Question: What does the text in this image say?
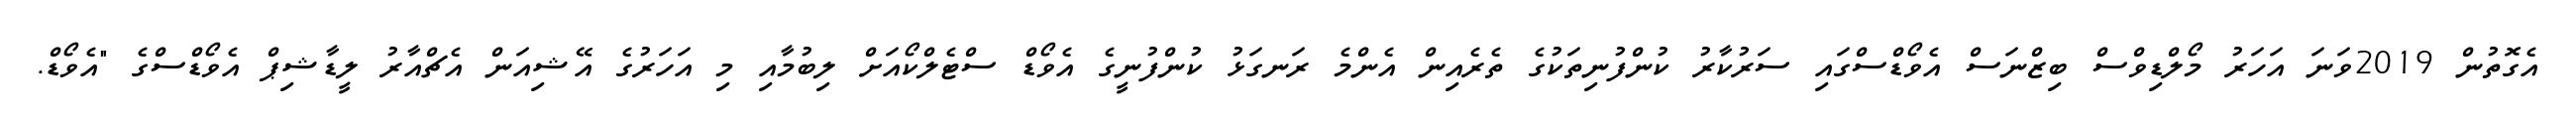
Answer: އެގޮތުން 2019ވަނަ އަހަރު މޯލްޑިވްސް ބިޒްނަސް އެވޯޑްސްގައި ސަރުކާރު ކުންފުނިތަކުގެ ތެރެއިން އެންމެ ރަނގަޅު ކުންފުނީގެ އެވޯޑް ސްޓެލްކޯއަށް ލިބުމާއި މި އަހަރުގެ އޭޝިއަން އެޗްއާރު ލީޑާޝިޕް އެވޯޑްސްގެ "އެވޯޑް.